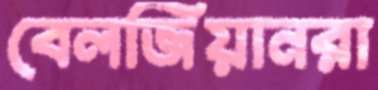
বেলজিয়ানরা